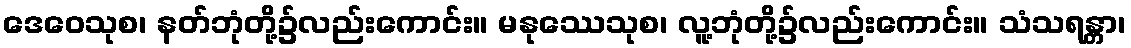
ဒေဝေသုစ၊ နတ်ဘုံတို့၌လည်းကောင်း။ မနုဿေသုစ၊ လူ့ဘုံတို့၌လည်းကောင်း။ သံသရန္တာ၊